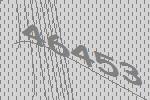
46453